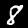
Label: 8